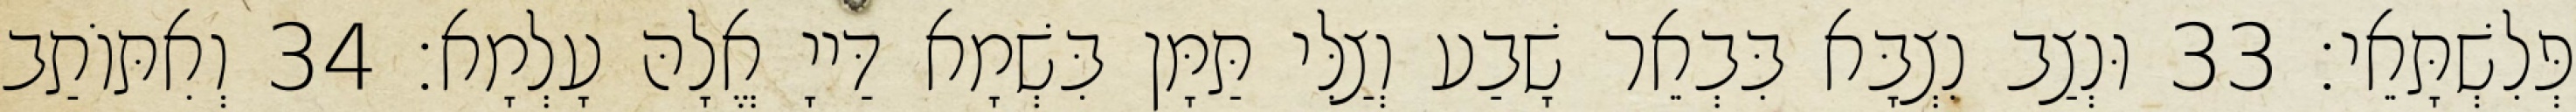
פְּלִשְׁתָּאֵי׃ 33 וּנְצַב נִצְבָּא בִּבְאֵר שָׁבַע וְצַלִּי תַּמָּן בִּשְׁמָא דַּייָ אֱלָהּ עָלְמָא׃ 34 וְאִתּוֹתַב